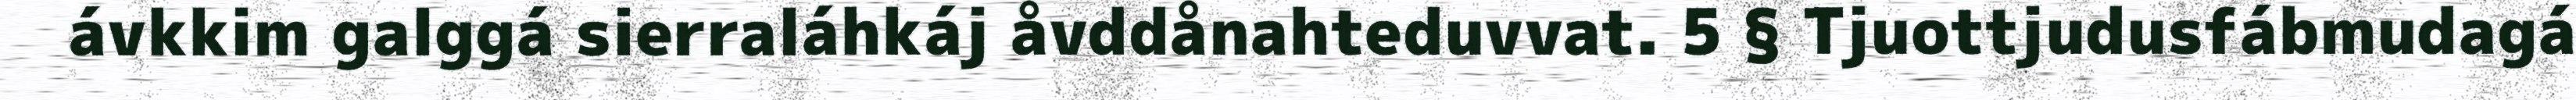
ávkkim galggá sierraláhkáj åvddånahteduvvat. 5 § Tjuottjudusfábmudagá